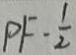
P F - \frac { 1 } { 2 }